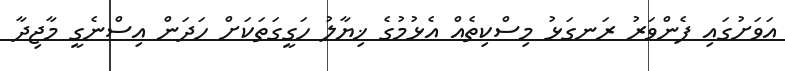
އަވަށުގައި ފެންވަރު ރަނގަޅު މިސްކިތެއް އެޅުމުގެ ޚިޔާލު ހަގީގަތަކަށް ހަދަން އިސްނެގީ މާޖިދާ